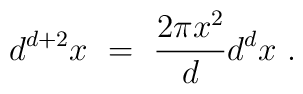
d^{d+2} x ~=~ \frac{2\pi x^2}{d} d^d x ~.